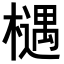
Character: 𣜛